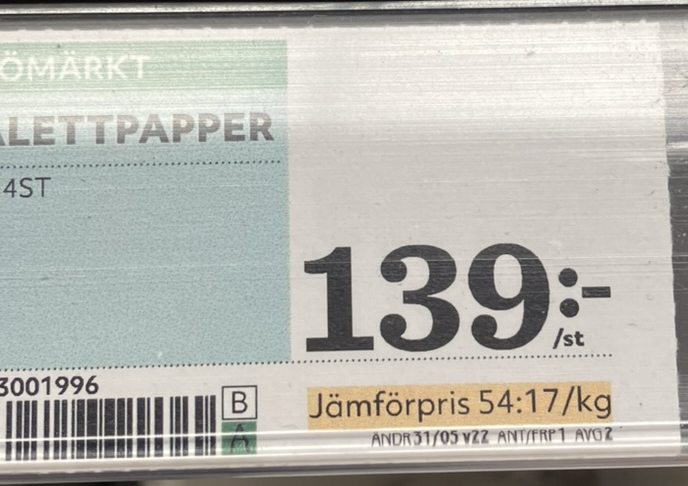
Vara: Lettpapper
Genomsnittspris: 54.17 per kg